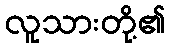
လူသားတို့၏